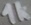
Text: 1k